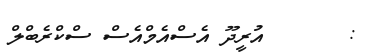
:       އުރީދޫ އެސްއެމްއެސް ސްކްރެބްލް